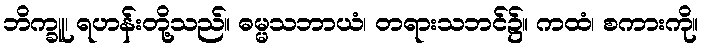
ဘိက္ခူ၊ ရဟန်းတို့သည်။ ဓမ္မသဘာယံ၊ တရားသဘင်၌။ ကထံ၊ စကားကို။